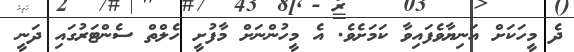
ދެ މީހަކަށް އަނިޔާވެފައިވާ ކަމަށެވެ. އެ މީހުންނަށް މާފުށީ ހެލްތް ސެންޓަރުގައި ދަނީ